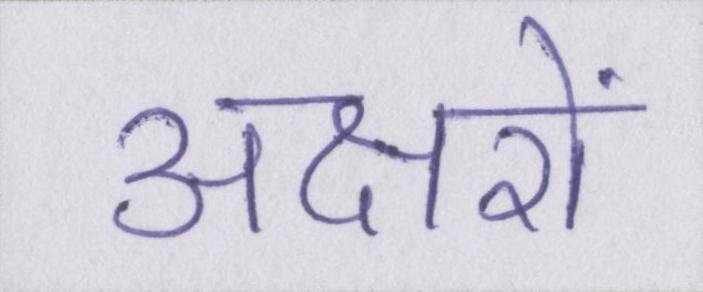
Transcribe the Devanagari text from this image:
अक्षरों